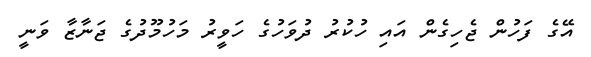
އޭގެ ފަހުން ޖެހިގެން އައި ހުކުރު ދުވަހުގެ ހަވީރު މަހުމޫދުގެ ޖަނާޒާ ވަނީ